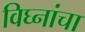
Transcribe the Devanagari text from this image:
विघ्नांचा